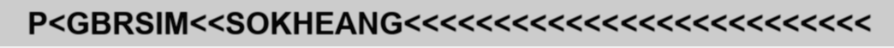
P<GBRSIM<<SOKHEANG<<<<<<<<<<<<<<<<<<<<<<<<<<